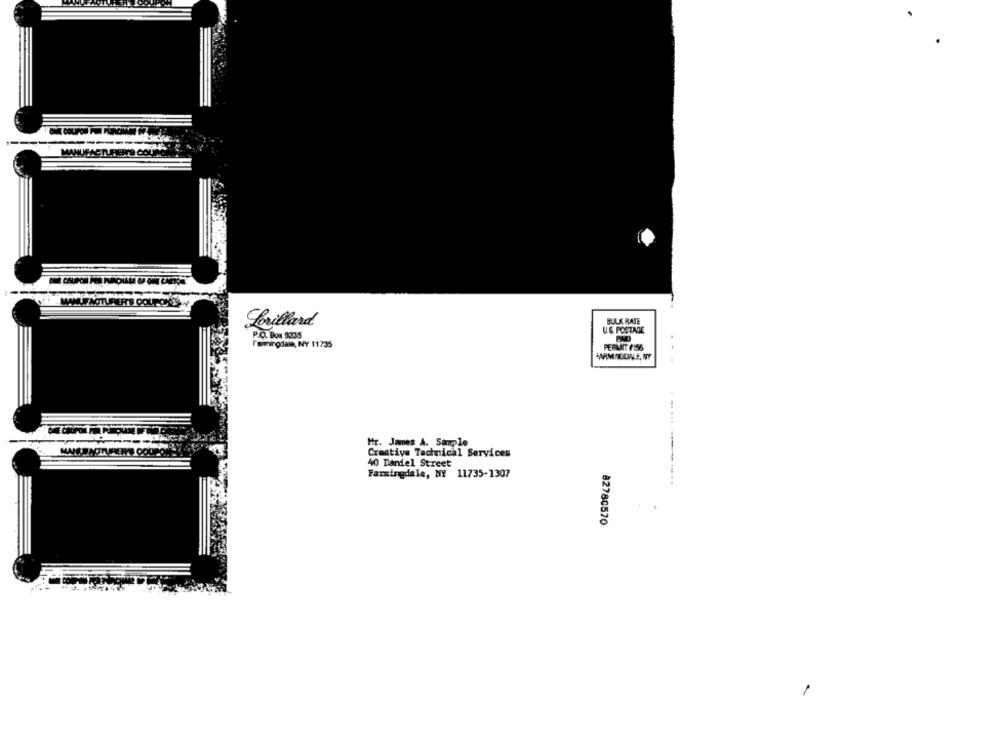
MANUFACTUREITS COURS
MANUFACTURERT'S COUPONS
BULK RATE
Lorillard
US POSTADE
P.O. Box 1235
Farmingdale, NY 11735
PERNATT #156
Mr. James A. Simple
MANUS AOTURERS COUPON
Creative Technical Services
40 Daniel Street
Farmingdale, NY 11735-1307
82780570